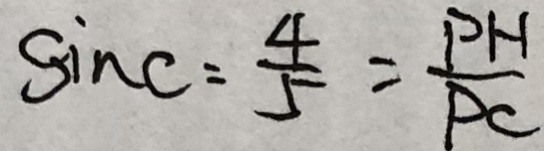
\sin C = \frac { 4 } { 5 } = \frac { P H } { P C }